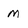
Character: M